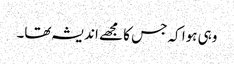
وہی ہوا کہ جس کا مجھے اندیشہ تھا۔